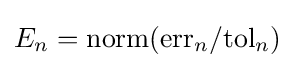
E_{n}={\textrm {norm}}({\textrm {err}}_{n}/{\textrm {tol}}_{n})